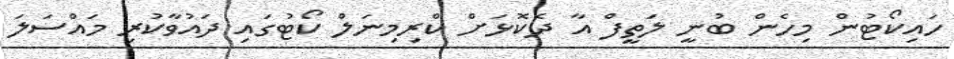
ހައިކޯޓުން މިހެން ބުނީ ލަތީފް އާ ދެކޮޅަށް ކްރިމިނަލް ކޯޓުގައި ދައުވާކުރި މައްސަލަ